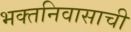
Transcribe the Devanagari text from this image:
भक्तनिवासाची